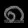
Digit: ၈